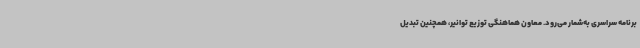
برنامه سراسری به‌شمار می‌رود. معاون هماهنگی توزیع توانیر، همچنین تبدیل